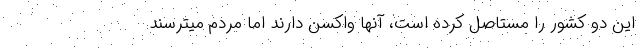
این دو کشور را مستاصل کرده است، آنها واکسن دارند اما مردم میترسند